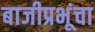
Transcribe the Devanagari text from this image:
बाजीप्रभूंचा